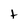
Character: t